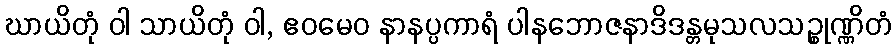
ဃာယိတုံ ဝါ သာယိတုံ ဝါ, ဧဝမေဝ နာနပ္ပကာရံ ပါနဘောဇနာဒိဒန္တမုသလသဉ္စုဏ္ဏိတံ